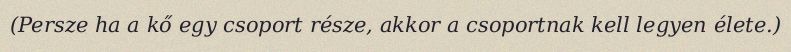
(Persze ha a kő egy csoport része, akkor a csoportnak kell legyen élete.)